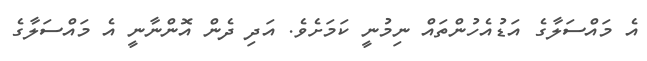
އެ މައްސަލާގެ އަޑުއެހުންތައް ނިމުނީ ކަމަށެވެ. އަދި ދެން އޮންނާނީ އެ މައްސަލާގެ